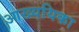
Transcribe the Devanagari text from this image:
आख्ययिका